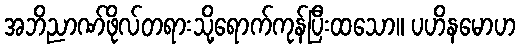
အဘိညာဏ်ဖိုလ်တရားသို့ရောက်ကုန်ပြီးထသော။ ပဟိနမောဟ